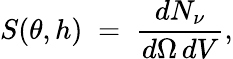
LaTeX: S(\theta,h)\; =\; {\frac{dN_{\nu}}{d\Omega\, dV}},